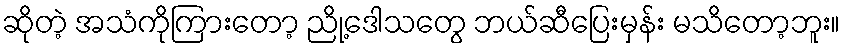
ဆိုတဲ့ အသံကိုကြားတော့ ညို့ဒေါသတွေ ဘယ်ဆီပြေးမှန်း မသိတော့ဘူး။